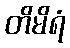
တိမိရံ